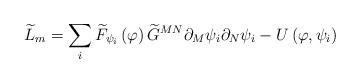
LaTeX: \begin{align*}\widetilde{L}_m=\sum_i\widetilde{F}_{\psi _i}\left( \varphi \right) \widetilde{G}^{MN}\partial _M\psi _i\partial _N\psi _i-U\left( \varphi ,\psi_i\right) \end{align*}